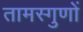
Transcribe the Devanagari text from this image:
तामस्गुणों